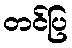
တင်ပြ